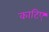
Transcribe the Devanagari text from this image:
काटिए